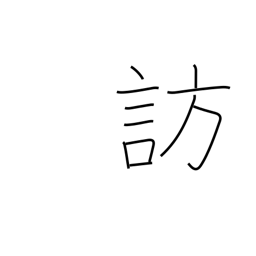
Meaning: call on